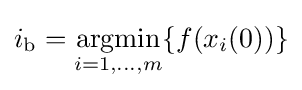
\displaystyle i_{\text{b}}=\mathop {\text{argmin}} _{i=1,\ldots ,m}\{f(x_{i}(0))\}